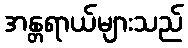
အန္တရာယ်များသည်